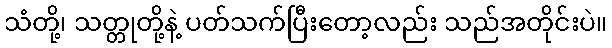
သံတို့၊ သတ္တုတို့နဲ့ ပတ်သက်ပြီးတော့လည်း သည်အတိုင်းပဲ။